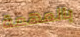
بالمهمة